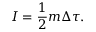
I = { \frac { 1 } { 2 } } m \Delta \tau .